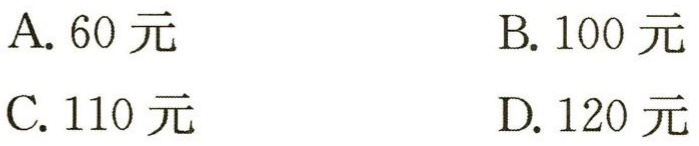
A. 60元
B. 100元
C. 110元
D. 120元